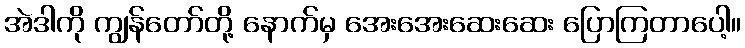
အဲဒါကို ကျွန်တော်တို့ နောက်မှ အေးအေးဆေးဆေး ပြောကြတာပေါ့။